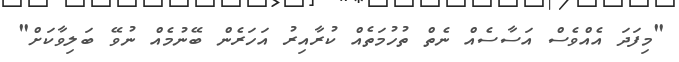
"މިފަދަ އެއްވެސް އަސާސެއް ނެތް ތުހުމަތެއް ކުރާއިރު އަހަރެން ބޭނުމެއް ނުވޭ ބަލިވާކަށް"